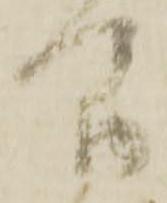
間